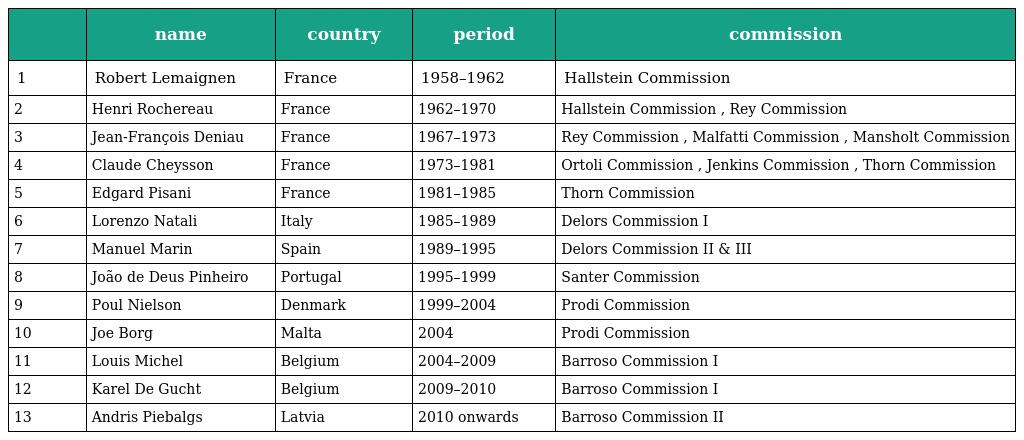
|  | name | country | period | commission |
 | --- | --- | --- | --- | --- |
 | 1 | Robert Lemaignen | France | 1958–1962 | Hallstein Commission |
 | 2 | Henri Rochereau | France | 1962–1970 | Hallstein Commission , Rey Commission |
 | 3 | Jean-François Deniau | France | 1967–1973 | Rey Commission , Malfatti Commission , Mansholt Commission |
 | 4 | Claude Cheysson | France | 1973–1981 | Ortoli Commission , Jenkins Commission , Thorn Commission |
 | 5 | Edgard Pisani | France | 1981–1985 | Thorn Commission |
 | 6 | Lorenzo Natali | Italy | 1985–1989 | Delors Commission I |
 | 7 | Manuel Marin | Spain | 1989–1995 | Delors Commission II & III |
 | 8 | João de Deus Pinheiro | Portugal | 1995–1999 | Santer Commission |
 | 9 | Poul Nielson | Denmark | 1999–2004 | Prodi Commission |
 | 10 | Joe Borg | Malta | 2004 | Prodi Commission |
 | 11 | Louis Michel | Belgium | 2004–2009 | Barroso Commission I |
 | 12 | Karel De Gucht | Belgium | 2009–2010 | Barroso Commission I |
 | 13 | Andris Piebalgs | Latvia | 2010 onwards | Barroso Commission II |